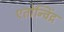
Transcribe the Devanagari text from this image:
एतोन्विंद्र